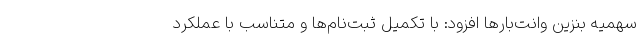
سهمیه بنزین وانت‌بارها افزود: با تکمیل ثبت‌نام‌ها و متناسب با عملکرد